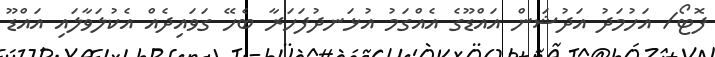
ފޮޓޯ/ އަހުމަދު އަދުޝަން އައްޑޫގެ އެއްގަމު އުޅަނދުފަހަރާ ބެހޭ ގަވައިދެއް އެކުލަވާލައި އައްޑޫ